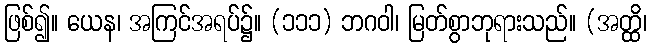
ဖြစ်၍။ ယေန၊ အကြင်အရပ်၌။ (၁၁၁) ဘဂဝါ၊ မြတ်စွာဘုရားသည်။ (အတ္ထိ၊